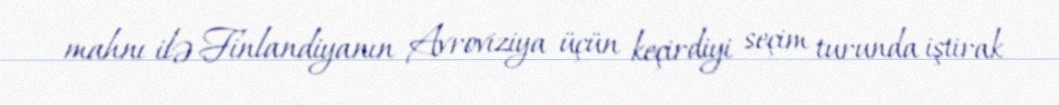
mahnı ilə Finlandiyanın Avroviziya üçün keçirdiyi seçim turunda iştirak